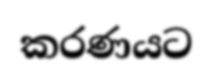
කරණයට